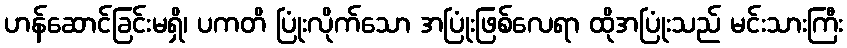
ဟန်ဆောင်ခြင်းမရှိ၊ ပကတိ ပြုံးလိုက်သော အပြုံးဖြစ်လေရာ ထိုအပြုံးသည် မင်းသားကြီး